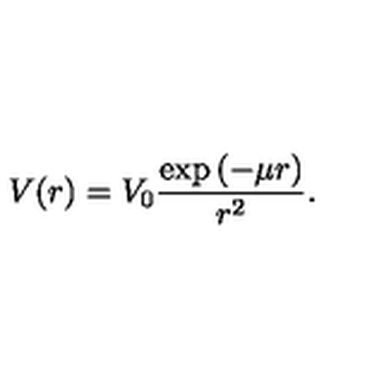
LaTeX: V ( r ) = V _ { 0 } \frac { \exp { ( - \mu r ) } } { r ^ { 2 } } .